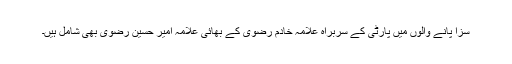
سزا پانے والوں میں پارٹی کے سربراہ علامہ خادم رضوی کے بھائی علامہ امیر حسین رضوی بھی شامل ہیں۔